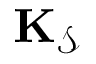
\bf { K } _ { \mathcal { S } }